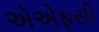
એએફસી